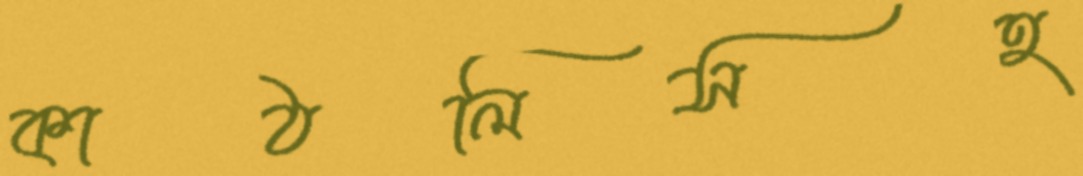
কাঠলিসহ